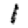
Digit: 1